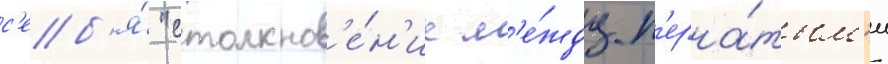
с'еб'я́ "столкнов'е́н'ие м'е́жду п'ерна́тым'и